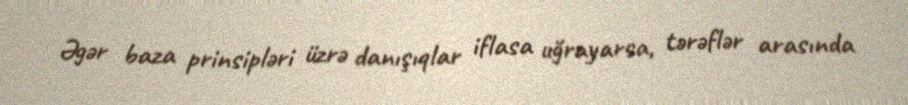
Əgər baza prinsipləri üzrə danışıqlar iflasa uğrayarsa, tərəflər arasında